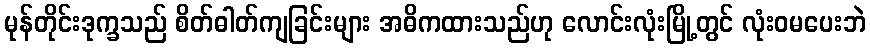
မုန်တိုင်းဒုက္ခသည် စိတ်ဓါတ်ကျခြင်းများ အဓိကထားသည်ဟု လောင်းလုံးမြို့တွင် လုံးဝမပေးဘဲ